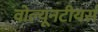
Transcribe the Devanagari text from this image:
वोल्यूनटीयर्स